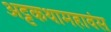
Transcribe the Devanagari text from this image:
अट्टकथामहावंस